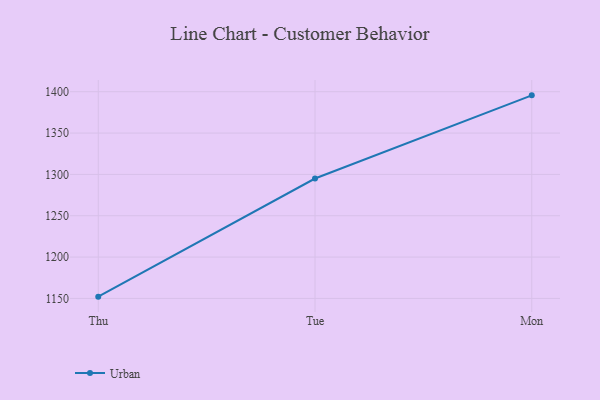
{"axis": {"x": "Day", "y": "Energy Usage (MWh)"}, "legend": ["Urban"], "data": [{"x": "Thu", "y": 1152.1, "type": "Urban"}, {"x": "Tue", "y": 1295.0, "type": "Urban"}, {"x": "Mon", "y": 1395.6, "type": "Urban"}]}